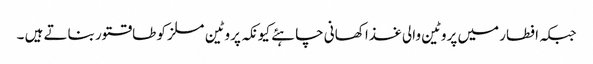
جبکہ افطار میں پروٹین والی غذا کھانی چاہئے کیونکہ پروٹین مسلز کو طاقتور بناتے ہیں ۔